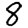
Digit: 8